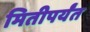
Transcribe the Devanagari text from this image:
मितीपर्यंत